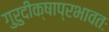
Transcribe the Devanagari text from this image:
गुरुदीक्षाप्रभावतः